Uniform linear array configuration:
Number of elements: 12
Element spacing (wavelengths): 0.75
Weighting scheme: cosine
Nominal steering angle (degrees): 30
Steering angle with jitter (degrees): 30.914
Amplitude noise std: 0.05
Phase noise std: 0.05

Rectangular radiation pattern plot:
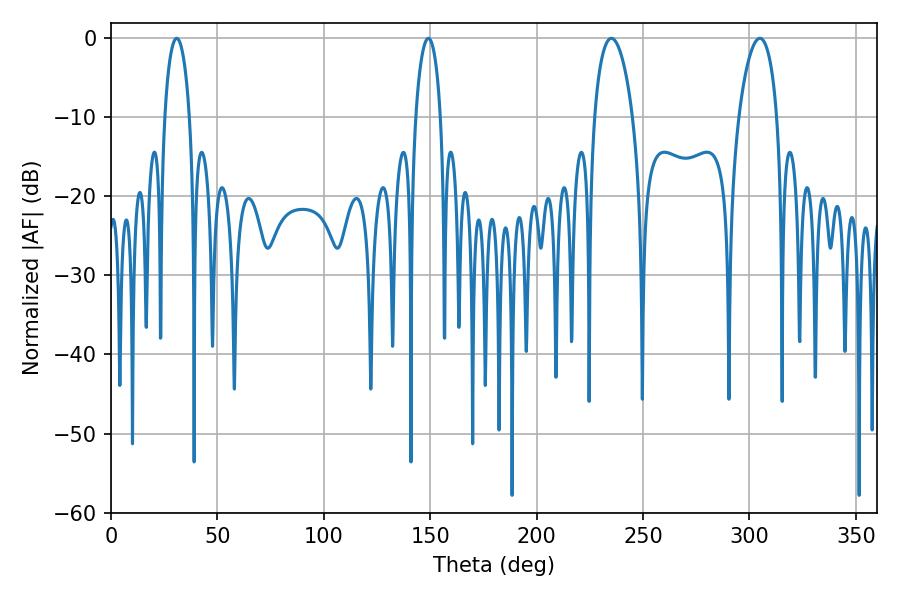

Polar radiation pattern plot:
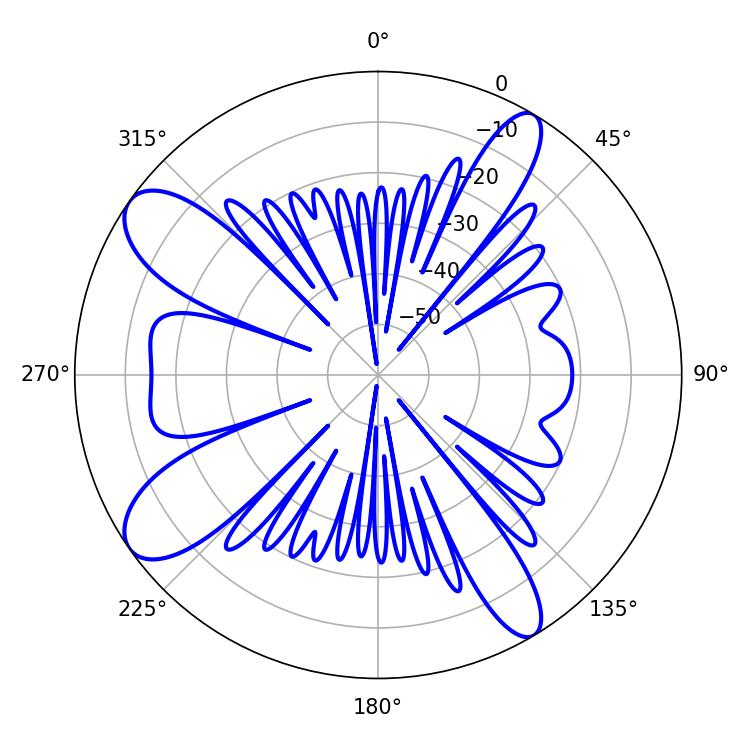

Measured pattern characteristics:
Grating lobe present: TRUE
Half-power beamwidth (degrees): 10.08
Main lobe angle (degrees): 235.08